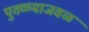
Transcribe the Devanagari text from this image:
पुतळ्याजवळ